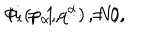
\Phi _ { i } ( p _ { \alpha } , q ^ { \alpha } ) = 0 , \hspace { . 5 i n } ( i = 1 , \cdots , N ) ,